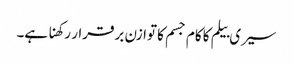
سیری بیلم کا کام جسم کا توازن برقرار رکھنا ہے۔